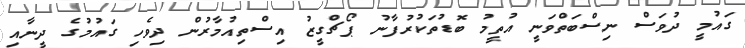
ގައުމީ ދުވަސް ނިސްބަތްވަނީ އުތީމު ބޮޑުތަކުރުފާނު ޕޯޗްގީޒު އިސްތިއުމާރުން ދިވެހި ގައުމުގެ ދީނާއި